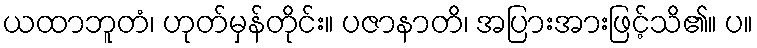
ယထာဘူတံ၊ ဟုတ်မှန်တိုင်း။ ပဇာနာတိ၊ အပြားအားဖြင့်သိ၏။ ပ။